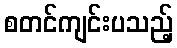
စတင်ကျင်းပသည့်